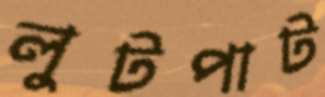
লুটপাট